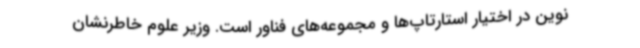
نوین در اختیار استارتاپ‌ها و مجموعه‌های فناور است. وزیر علوم خاطرنشان